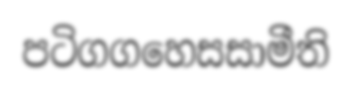
පටිගගහෙසසාමීති